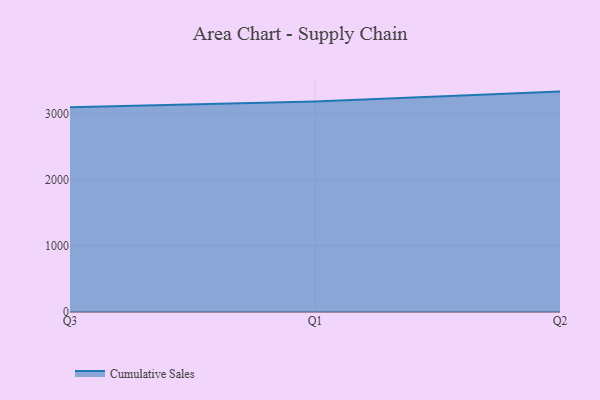
{"axis": {"x": "Quarter", "y": "Energy Usage (MWh)"}, "legend": ["Cumulative Sales"], "data": [{"x": "Q3", "y": 3095.6, "type": "Cumulative Sales"}, {"x": "Q1", "y": 3183.7, "type": "Cumulative Sales"}, {"x": "Q2", "y": 3334.1, "type": "Cumulative Sales"}]}